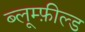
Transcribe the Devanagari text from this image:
ब्लूम्फ़ील्ड